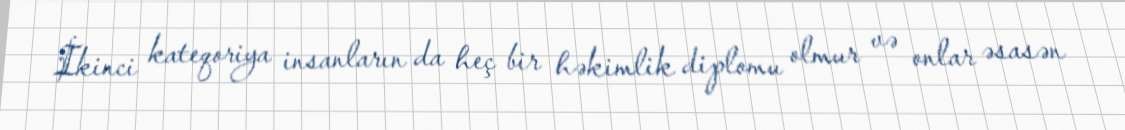
İkinci kateqoriya insanların da heç bir həkimlik diplomu olmur və onlar əsasən